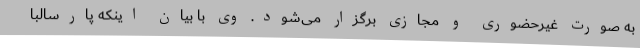
به صورت غیرحضوری و مجازی برگزار می‌شود. وی با بیان اینکه پارسالبا